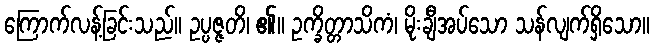
ကြောက်လန့်ခြင်းသည်။ ဥပ္ပဇ္ဇတိ၊ ၏။ ဥက္ခိတ္တာသိကံ၊ မိုးချီအပ်သော သန်လျက်ရှိသော။